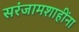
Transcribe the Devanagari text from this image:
सरंजामशाहींना